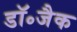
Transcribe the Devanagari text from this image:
डॉ॰जैक